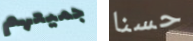
جميعهم حسنا